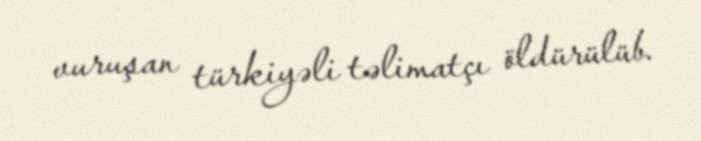
vuruşan türkiyəli təlimatçı öldürülüb.